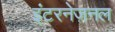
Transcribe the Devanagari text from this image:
इंटरनेज़नल